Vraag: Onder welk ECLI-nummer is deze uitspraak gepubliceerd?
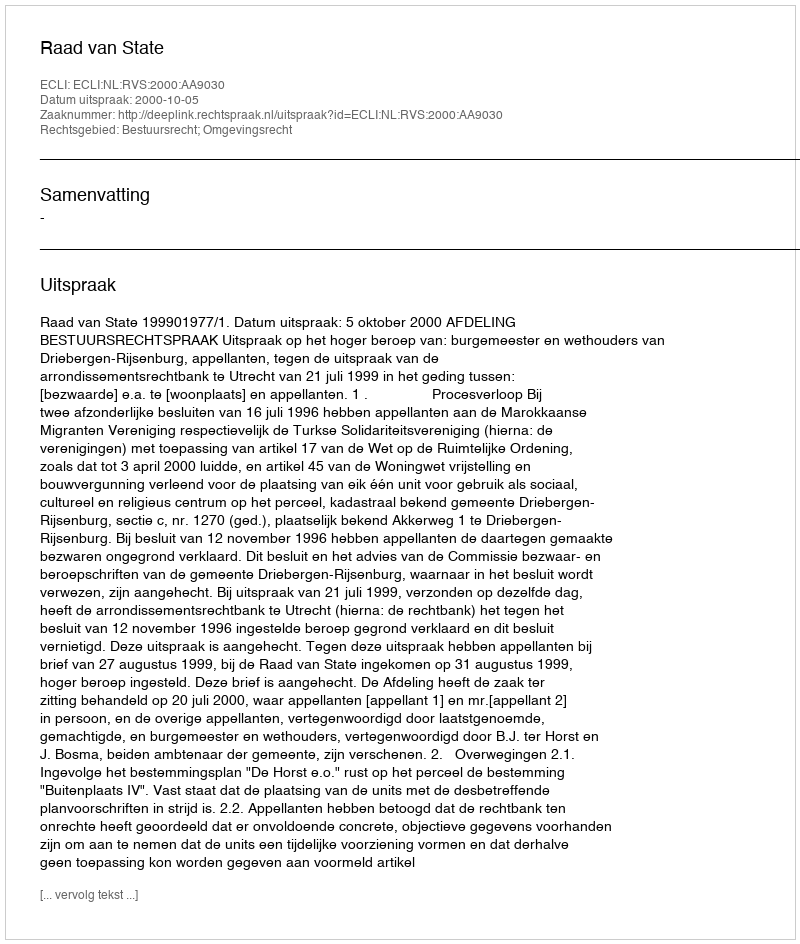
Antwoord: ECLI:NL:RVS:2000:AA9030